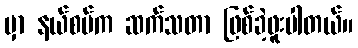
မှာ နယ်စပ်က ဆက်သတာ ဖြစ်ခဲ့ဖူးပါတယ်။